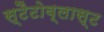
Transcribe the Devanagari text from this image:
स्टैटोब्लास्ट